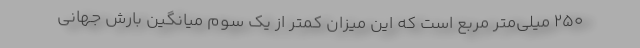
۲۵۰ میلی‌متر مربع است که این میزان کمتر از یک سوم میانگین بارش جهانی